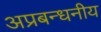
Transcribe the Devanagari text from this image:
अप्रबन्धनीय